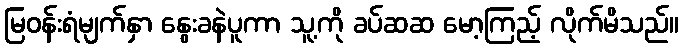
မြဝန်းရံမျက်နှာ နွေးခနဲပူကာ သူ့ကို ခပ်ဆဆ မော့ကြည့် လိုက်မိသည်။